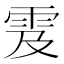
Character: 雭